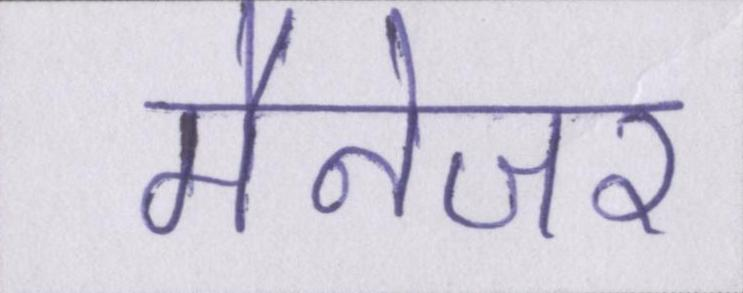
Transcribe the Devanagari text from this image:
मैनेजर